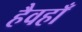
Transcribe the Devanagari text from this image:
हैवहाँ